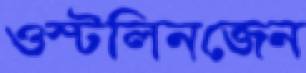
ওস্টলিনজেন